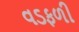
વડફળી